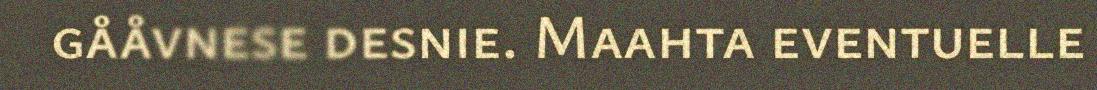
gååvnese desnie. Maahta eventuelle